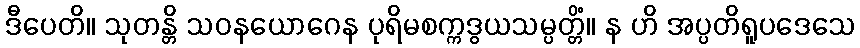
ဒီပေတိ။ သုတန္တိ သဝနယောဂေန ပုရိမစက္ကဒွယသမ္ပတ္တိံ။ န ဟိ အပ္ပတိရူပဒေသေ